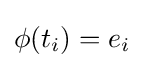
\phi (t_{i})=e_{i}